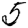
Digit: 5